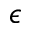
\epsilon